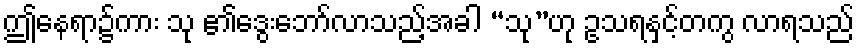
ဤနေရာ၌ကား သု ၏ဒွေးဘော်လာသည့်အခါ “သု”ဟု ဥသရနှင့်တကွ လာရသည်